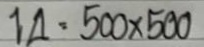
14 = 500 x 500